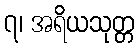
၇၊ အရိယသုတ္တ